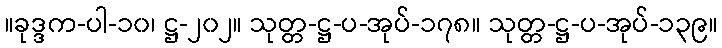
။ခုဒ္ဒက-ပါ-၁၀၊ ဋ္ဌ-၂၀၂။ သုတ္တ-ဋ္ဌ-ပ-အုပ်-၁၇၈။ သုတ္တ-ဋ္ဌ-ပ-အုပ်-၁၃၉။